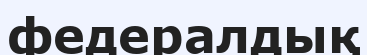
федералдық